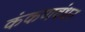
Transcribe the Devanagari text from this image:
कंकणबंधन